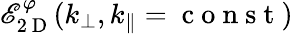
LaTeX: \mathscr{E}_{2\mathrm{{~D~}}}^{\varphi}(k_{\perp},k_{\parallel}=\mathrm{{~c~o~n~s~t~}})